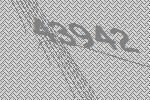
43942